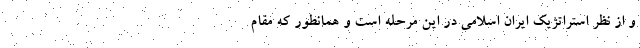
و از نظر استراتژیک ایران اسلامی در این مرحله است و همانطور که مقام